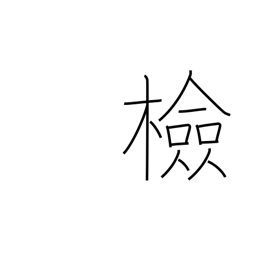
Meaning: check